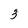
Character: 3